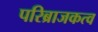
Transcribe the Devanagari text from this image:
परिब्राजकत्व